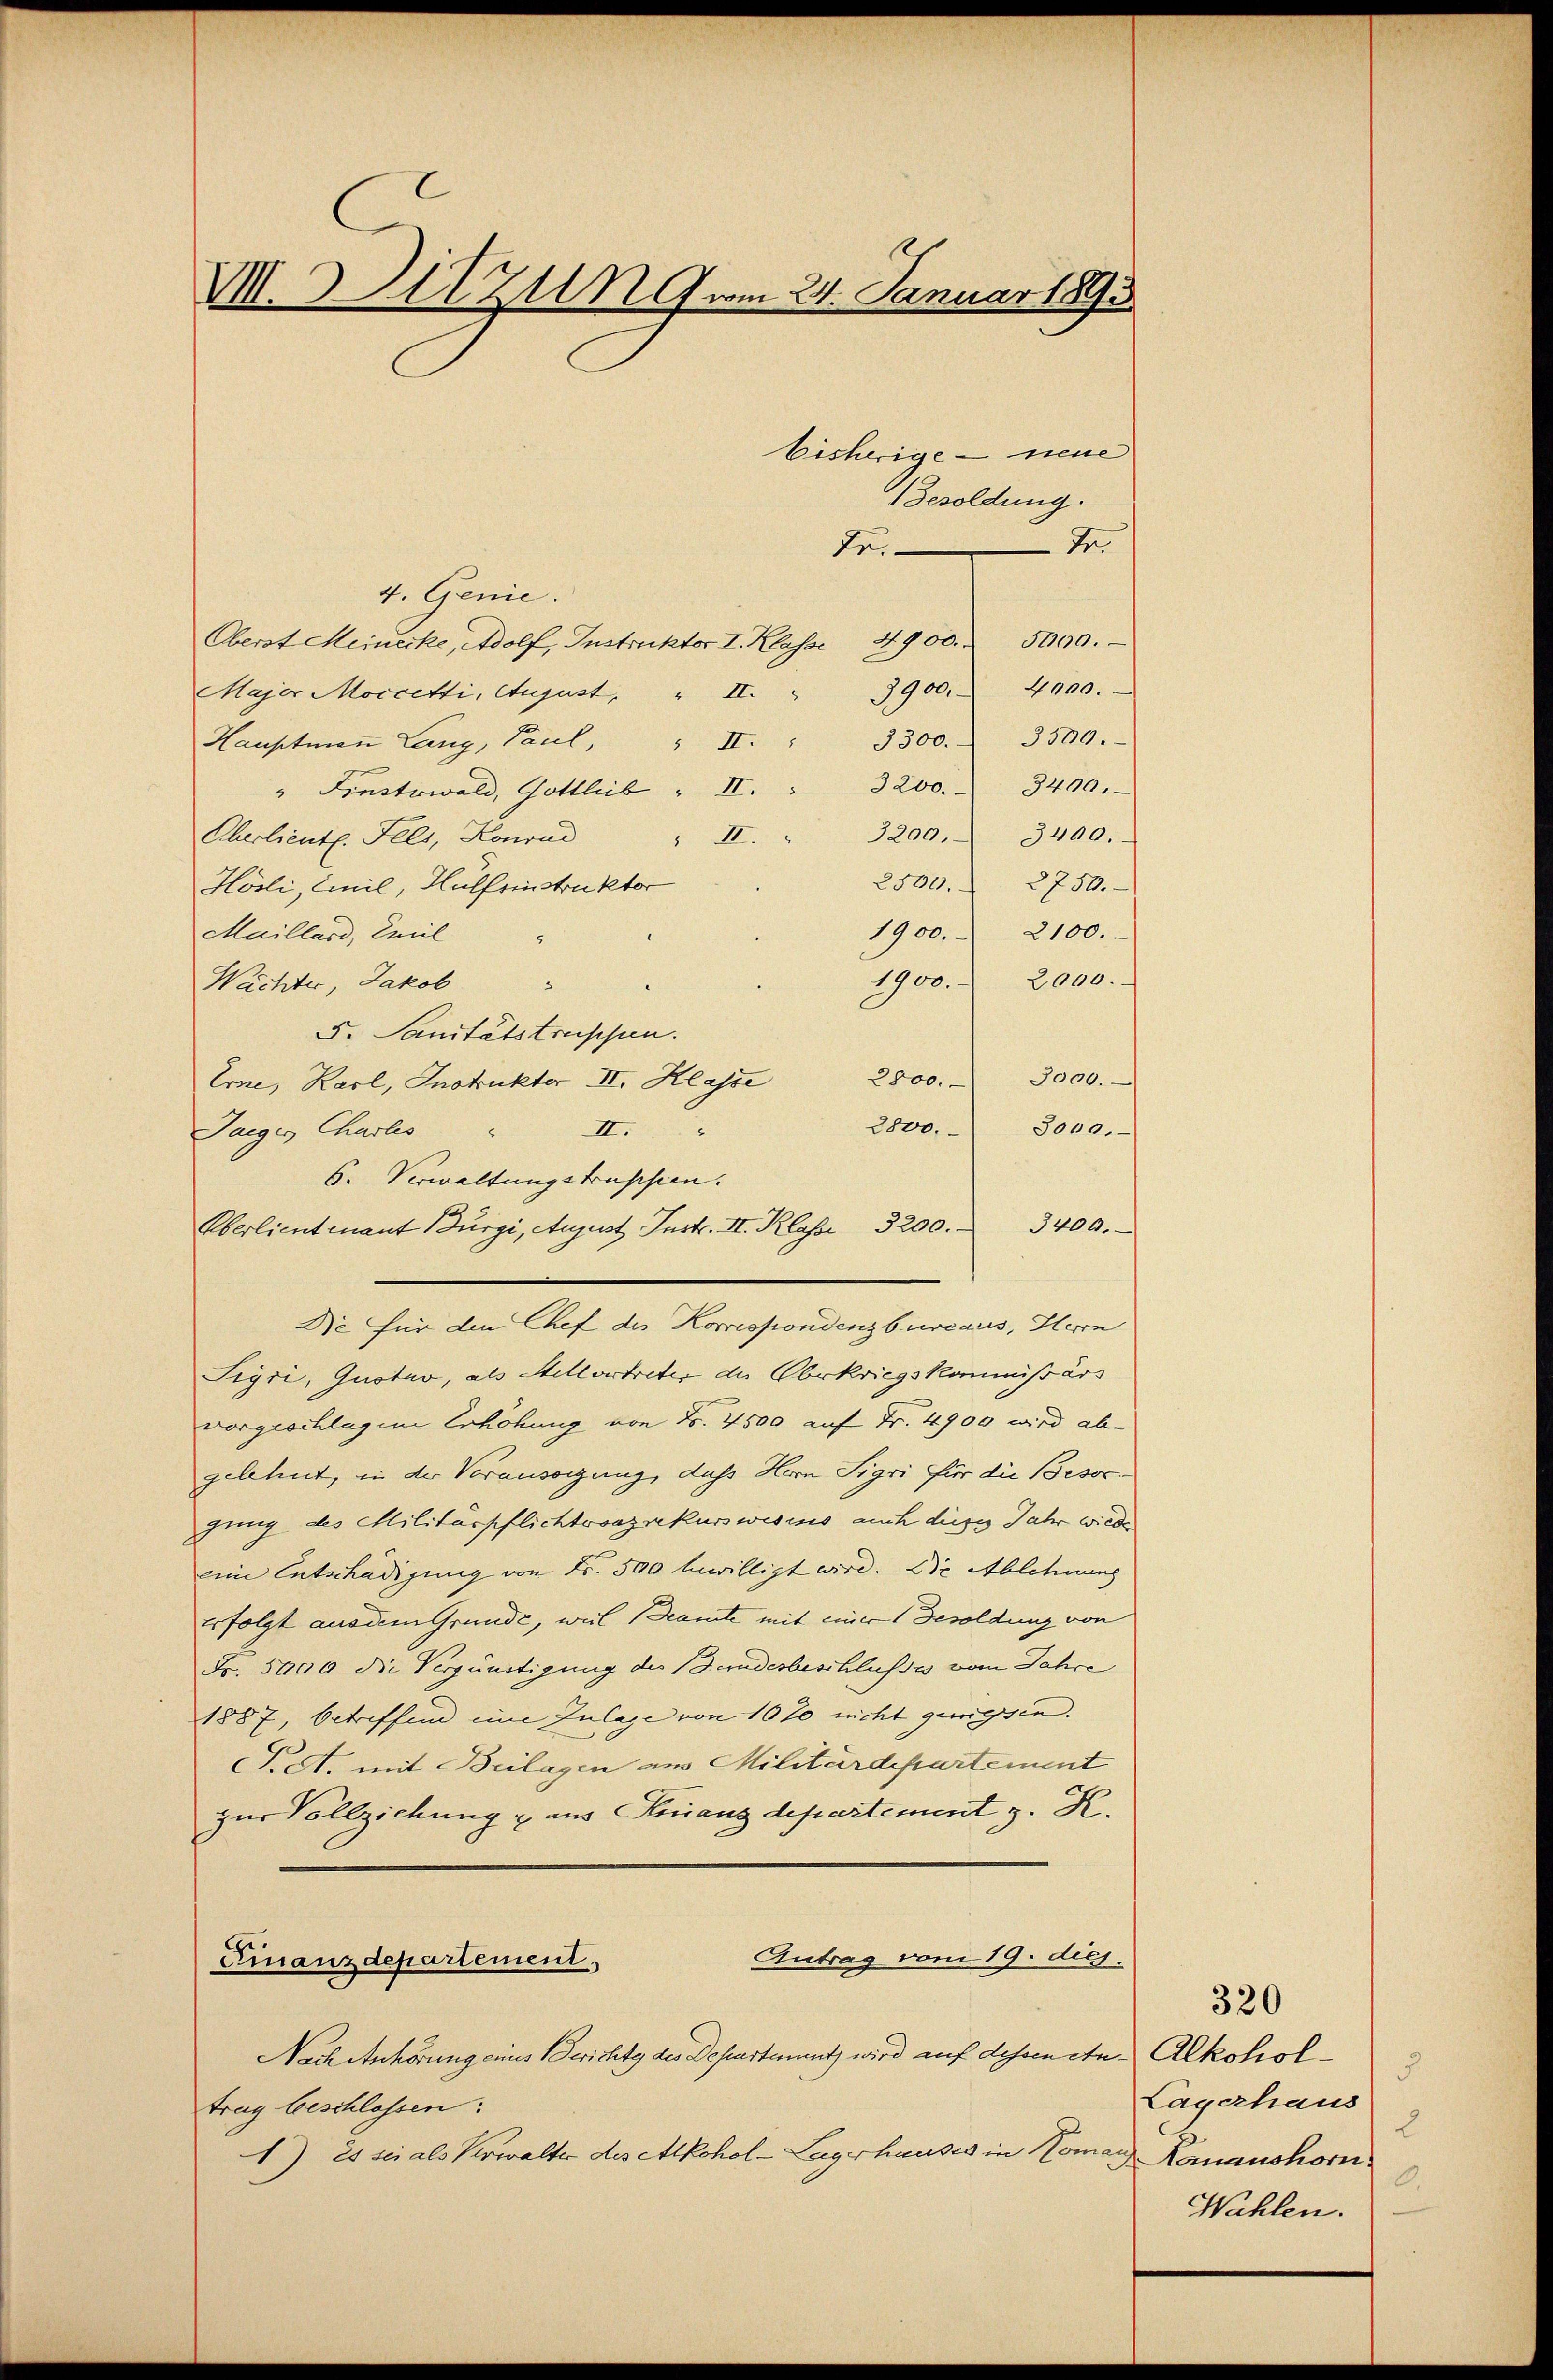
VII. Zu vom 24. Januar 1893

4. Genie.
Oberst Meinecke, Adolf, Instruktor I. Klasse 4900. 5000.
Major Moccetti, August, " II. " 3900. 4000.
Hauptmaṅ Lang, Paul, " II. " 3300. 3500.
" Finstwald, Gottlieb " II. " 3200. 3400.
Eberlieut. Fels, Konrad " II. " 3200. 3400.
Hösli, Emil, Hülfsinstruktor
1900.
Maillard, Emil
1900. 2000.
Wächter, Jakob
. Sanitätstruppen.
2800. 3000.
Erne, Karl, Instrukter II. Klasse
2800.
3000.
22
Jaiger Charlis
6. Verwaltungstrupsien.
Eberlieutnant Bürgi, August Instr. II. Klasse 3200. 3400.
Die für den Chef des Korrespondenzbureaus, Herrn
Sigri, Gustav, als Stellvertreter der Oberkriegskommißärs
vorgeschlagen Erhöhung von No. 4500 auf Fr. 4900 wird abgelehnt, in der Voransorgung, daß Hern Sigri für die Besorgung des Militärpflichtvvazrekurswesens auch dieses Jahr wiede
eine Entschädigung von Fr. 500 bewilligt wird. Die Ablehnung
erfolgt aus dem Grunde, weil Beamte mit einer Besoldung von
Fr. 5000 die Vergünstigung der Bruderbeschlusses vom Jahre
1887, betreffend eine Zulage von 10 % nicht gewiessen.
P.S. mit Beilagen aus Militärdepartement
zur Vollziehung & aus Franz departement z. K.
Antrag vom 19. diej.
Finanzdepartement
Nach Anhörung eines Berichtg des Departement wird auf dessen et Alkoholtrag beschlossen:
1) Es sei als Verwalter des Alkohol-Lagerhauses in Komar Komanshorn

Besoldung.
Dr.
de.

bisherige neue

2500. 2750.
2100.

Lagerhaus
2
0.
Wahlen.

320